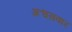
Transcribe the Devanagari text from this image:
अश्वसवार